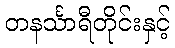
တနင်္သာရီတိုင်းနှင့်